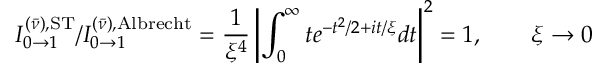
I _ { 0 \to 1 } ^ { ( \bar { \nu } ) , \mathrm { S T } } / I _ { 0 \to 1 } ^ { ( \bar { \nu } ) , \mathrm { A l b r e c h t } } = \frac { 1 } { \xi ^ { 4 } } \left| \int _ { 0 } ^ { \infty } t e ^ { - t ^ { 2 } / 2 + i t / \xi } d t \right| ^ { 2 } = 1 , \qquad \xi \rightarrow 0